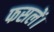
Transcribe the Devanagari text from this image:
फसलें।